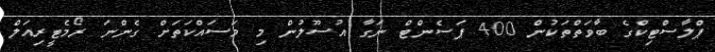
ޕްލާސްޓިކްގެ ބާވަތްތަކުން 400 ޕަސެންޓް ނަގާ އުސޫލުން މި މަސައްކަތަށް ގެންނަ ރޯމެޓީރިއަލް